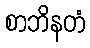
စာဘိနတံ